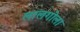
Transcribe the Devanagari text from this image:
लालगोला